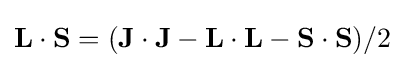
\mathbf {L} \cdot \mathbf {S} =(\mathbf {J} \cdot \mathbf {J} -\mathbf {L} \cdot \mathbf {L} -\mathbf {S} \cdot \mathbf {S} )/2